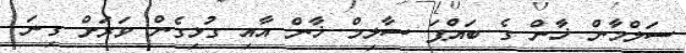
ސަލްމާން ޚާން ގެ ބައްޕަ ސާލިމް ޚާން އާއި ގުޅިގެން ވަރަށް ގިނަ